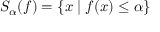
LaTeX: S _ { \alpha } ( f ) = \{ x \mid f ( x ) \leq \alpha \}